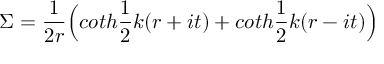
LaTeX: \Sigma = \frac { 1 } { 2 r } \Bigl ( c o t h \frac { 1 } { 2 } k ( r + i t ) + c o t h \frac { 1 } { 2 } k ( r - i t ) \Bigr )